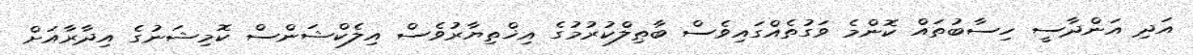
އަދި އަންދާސީ ހިސާބުތައް ކޮންމެ ވަގުތެއްގައިވެސް ބާޠިލްކުރުމުގެ އިޚްތިޔާރުވެސް އިލެކްޝަންސް ކޮމިޝަނުގެ އިދާރާއަށް